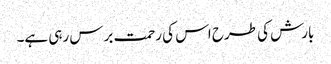
بارش کی طرح اس کی رحمت برس رہی ہے۔